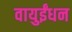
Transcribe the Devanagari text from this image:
वायुईंधन